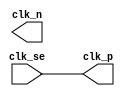
// Copyright (c) 2017 Princeton University
// All rights reserved.
// 
// Redistribution and use in source and binary forms, with or without
// modification, are permitted provided that the following conditions are met:
//     * Redistributions of source code must retain the above copyright
//       notice, this list of conditions and the following disclaimer.
//     * Redistributions in binary form must reproduce the above copyright
//       notice, this list of conditions and the following disclaimer in the
//       documentation and/or other materials provided with the distribution.
//     * Neither the name of Princeton University nor the
//       names of its contributors may be used to endorse or promote products
//       derived from this software without specific prior written permission.
// 
// THIS SOFTWARE IS PROVIDED BY PRINCETON UNIVERSITY "AS IS" AND
// ANY EXPRESS OR IMPLIED WARRANTIES, INCLUDING, BUT NOT LIMITED TO, THE IMPLIED
// WARRANTIES OF MERCHANTABILITY AND FITNESS FOR A PARTICULAR PURPOSE ARE
// DISCLAIMED. IN NO EVENT SHALL PRINCETON UNIVERSITY BE LIABLE FOR ANY
// DIRECT, INDIRECT, INCIDENTAL, SPECIAL, EXEMPLARY, OR CONSEQUENTIAL DAMAGES
// (INCLUDING, BUT NOT LIMITED TO, PROCUREMENT OF SUBSTITUTE GOODS OR SERVICES;
// LOSS OF USE, DATA, OR PROFITS; OR BUSINESS INTERRUPTION) HOWEVER CAUSED AND
// ON ANY THEORY OF LIABILITY, WHETHER IN CONTRACT, STRICT LIABILITY, OR TORT
// (INCLUDING NEGLIGENCE OR OTHERWISE) ARISING IN ANY WAY OUT OF THE USE OF THIS
// SOFTWARE, EVEN IF ADVISED OF THE POSSIBILITY OF SUCH DAMAGE.

//
// Description: Converts a clock from single ended to differential
//

module clk_se_to_diff (
    input   clk_se,

    output  clk_p,
    output  clk_n
);

// Clock mux not used in fpga and
// simulation fake clk mux.  Anything
// that uses the differential clock
// should assume only the positive
// signal is valid in this case
`ifdef PITON_FPGA_SYNTH
assign clk_p = clk_se;
assign clk_n = 1'bx;
`elsif USE_FAKE_PLL_AND_CLKMUX
assign clk_p = clk_se;
assign clk_n = 1'bx;
`else
// PUT REAL SINGLE ENDED TO DIFFERENTIAL CLOCK CONVERTER HERE
// FOR SYNTHESIS AND BACKEND
// BELOW IS A DUMMY SO FUNCTIONALITY IS MAINTAINED
assign clk_p = clk_se;
assign clk_n = 1'bx;
`endif

endmodule